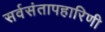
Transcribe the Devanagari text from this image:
सर्वसंतापहारिणी